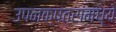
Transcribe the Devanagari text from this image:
उपनक्षत्रांमध्ये